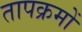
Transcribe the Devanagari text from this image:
तापक्रमों